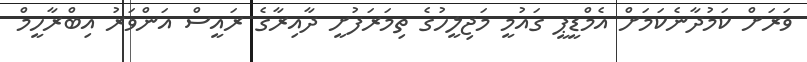
ވަރަަށް ކަމުދާނެކަމަށް އެމްޑީޕީ ގައުމީ މަޖިލީހުގެ ތިމަރަފުށީ ދާއިރާގެ ރައީސް އަންވަރު އިބްރާހީމް